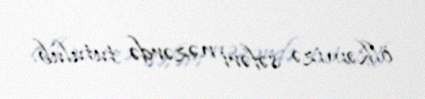
ölkəmizə səfəri nəzərdə tutulub.